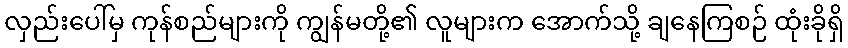
လှည်းပေါ်မှ ကုန်စည်များကို ကျွန်မတို့၏ လူများက အောက်သို့ ချနေကြစဉ် ထုံးခိုရှိ